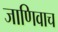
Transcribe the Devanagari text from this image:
जाणिवाच